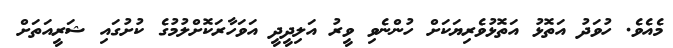
މެއެވެ. ހުވަދު އަތޮޅު އަތޮޅުވެރިޔަކަށް ހުންނެވި ވީރު އަލިދީދީ އަވަހާރަކޮށްލުމުގެ ކުށުގައި ޝަރީއަތަށް